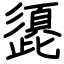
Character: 頾